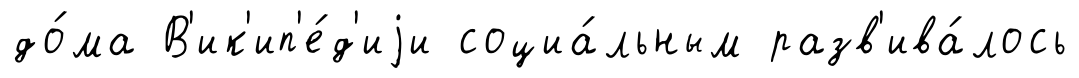
до́ма В'ик'ип'е́д'иjи социа́льным разв'ива́лось